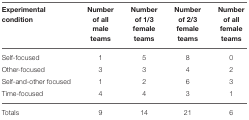
| Experimental condition | Number of all male teams | Number of 1/3 female teams | Number of 2/3 female teams | Number of all female teams |
 | --- | --- | --- | --- | --- |
 | Self-focused | 1 | 5 | 8 | 0 |
 | Other-focused | 3 | 3 | 4 | 2 |
 | Self-and-other focused | 1 | 2 | 6 | 3 |
 | Time-focused | 4 | 4 | 3 | 1 |
 | Totals | 9 | 14 | 21 | 6 |